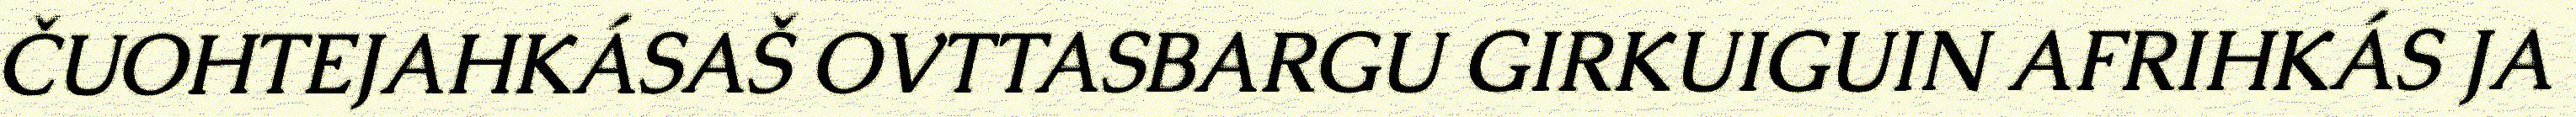
ČUOHTEJAHKÁSAŠ OVTTASBARGU GIRKUIGUIN AFRIHKÁS JA